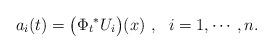
LaTeX: \begin{align*}a_i(t)=\bigl({\Phi_t}^*U_i\bigr)(x)~,~~i=1,\cdots,n. \end{align*}